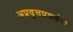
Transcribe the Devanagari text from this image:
अप्रवृत्तप्रवर्तक